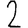
Digit: 2